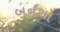
બનશો